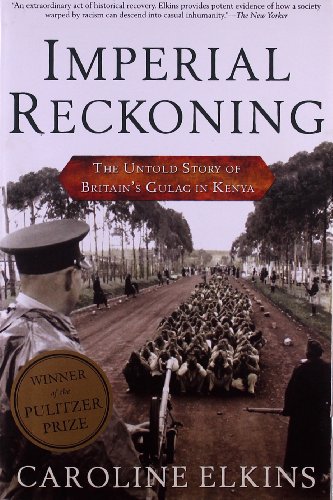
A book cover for Imperial Reckoning: The Untold Story of Britain's Gulag in Kenya; Caroline Elkins; History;